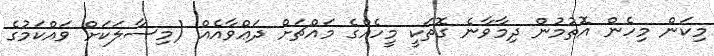
މިކަން މިހެން އޮތުމުން ދިމާވާނެ ގޮތަކީ މީހެއްގެ މައްޗަށް ދަޢްވާއެއް (މިސާލަކަށް ވައްކަމުގެ